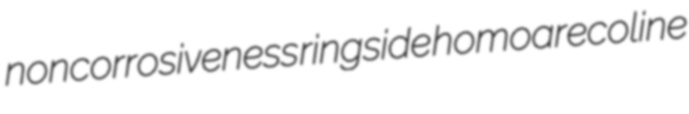
noncorrosiveness ringside homoarecoline